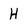
Character: H